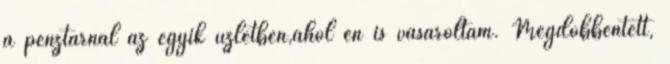
a pénztárnál az egyik üzletben,ahol én is vásároltam. Megdöbbentett,